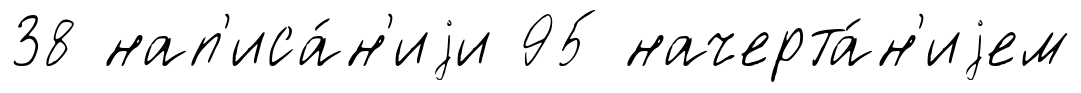
38 нап'иса́н'иjи 95 начерта́н'иjем